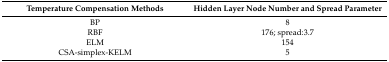
| Temperature Compensation Methods | Hidden Layer Node Number and Spread Parameter |
 | --- | --- |
 | BP | 8 |
 | RBF | 176; spread:3.7 |
 | ELM | 154 |
 | CSA-simplex-KELM | 5 |